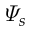
\varPsi _ { s }